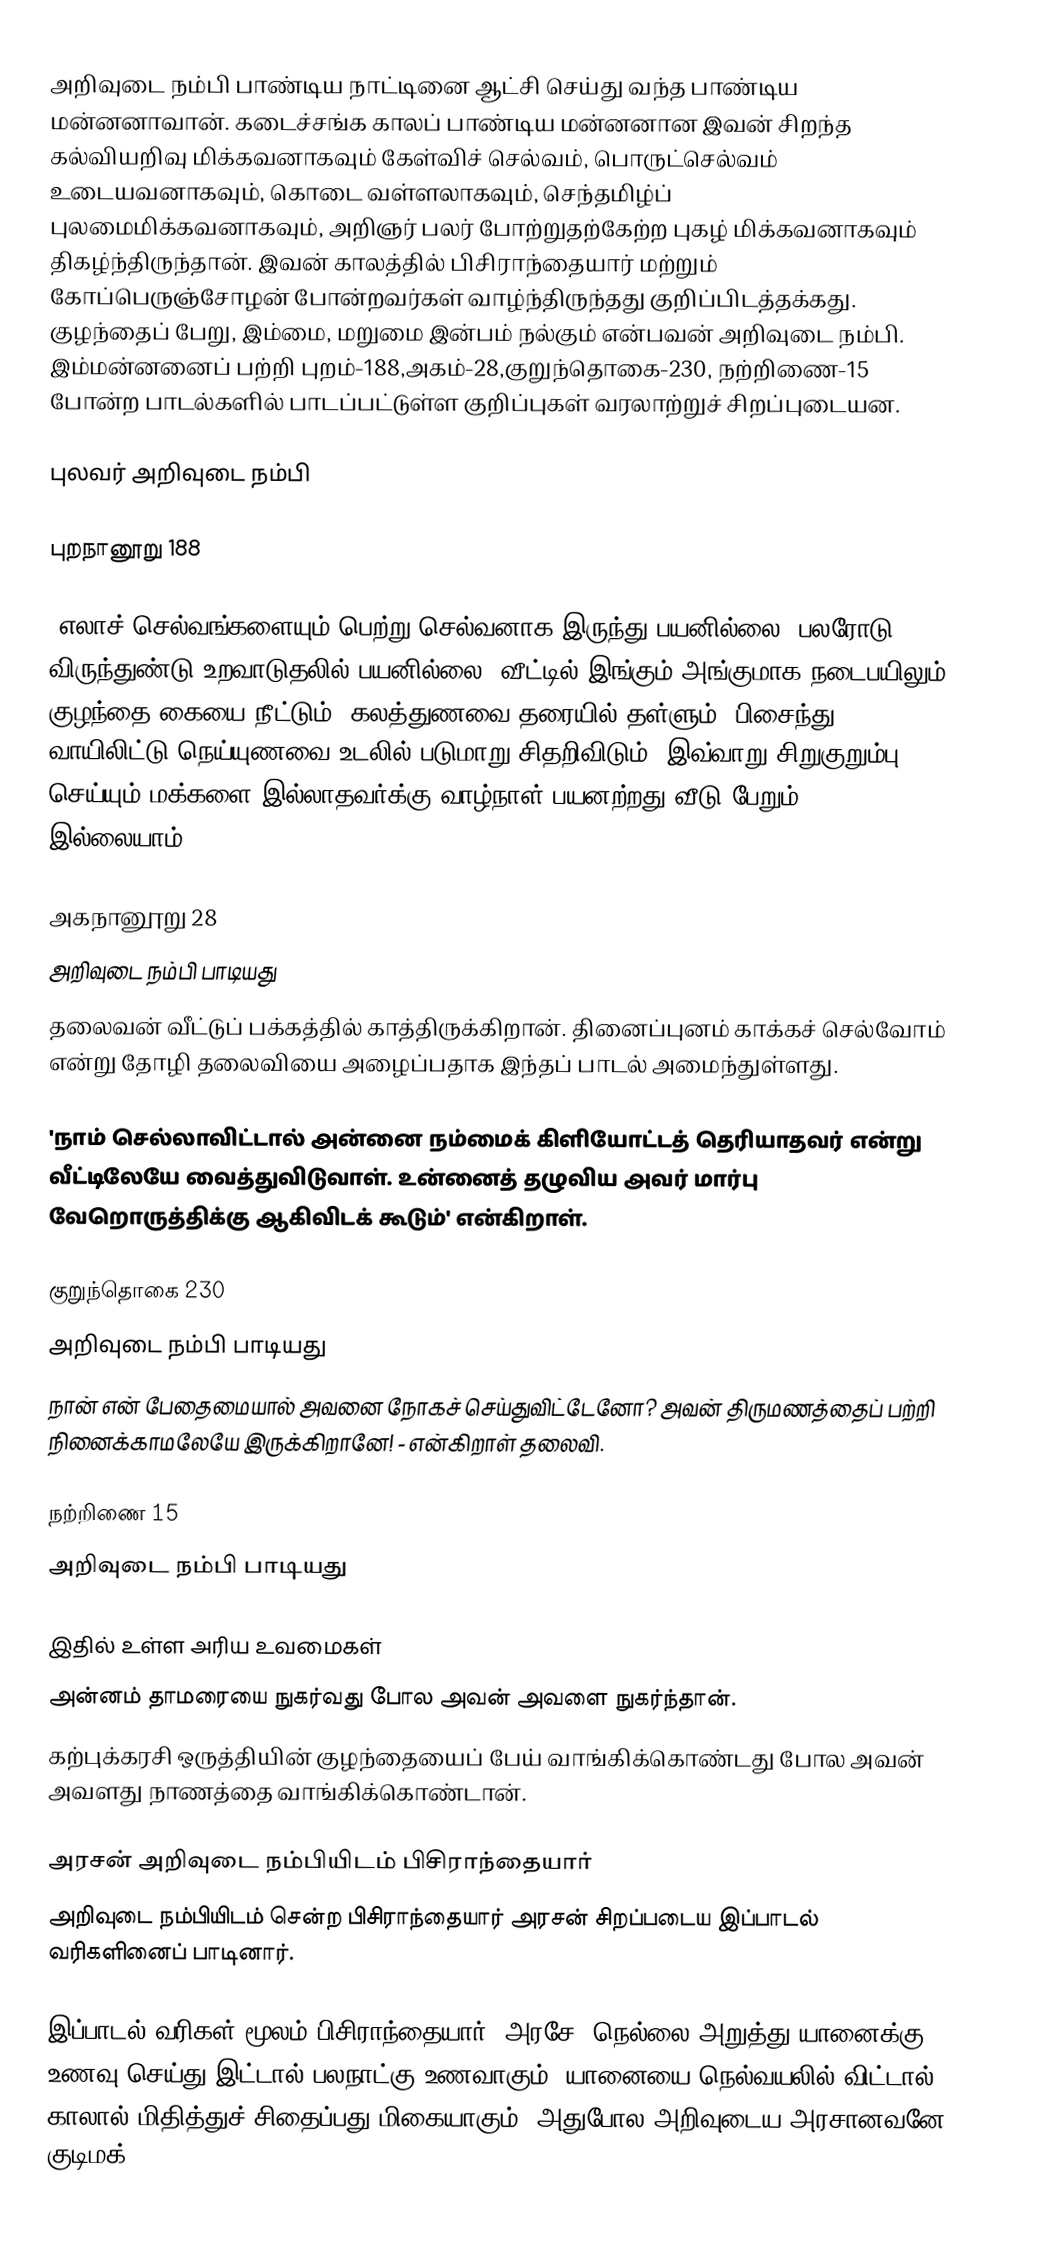
அறிவுடை நம்பி பாண்டிய நாட்டினை ஆட்சி செய்து வந்த பாண்டிய மன்னனாவான். கடைச்சங்க காலப் பாண்டிய மன்னனான இவன் சிறந்த கல்வியறிவு மிக்கவனாகவும் கேள்விச் செல்வம், பொருட்செல்வம் உடையவனாகவும், கொடை வள்ளலாகவும், செந்தமிழ்ப் புலமைமிக்கவனாகவும், அறிஞர் பலர் போற்றுதற்கேற்ற புகழ் மிக்கவனாகவும் திகழ்ந்திருந்தான். இவன் காலத்தில் பிசிராந்தையார் மற்றும் கோப்பெருஞ்சோழன் போன்றவர்கள் வாழ்ந்திருந்தது குறிப்பிடத்தக்கது. குழந்தைப் பேறு, இம்மை, மறுமை இன்பம் நல்கும் என்பவன் அறிவுடை நம்பி. இம்மன்னனைப் பற்றி புறம்-188,அகம்-28,குறுந்தொகை-230, நற்றிணை-15 போன்ற பாடல்களில் பாடப்பட்டுள்ள குறிப்புகள் வரலாற்றுச் சிறப்புடையன.

புலவர் அறிவுடை நம்பி

புறநானூறு 188

"எலாச் செல்வங்களையும் பெற்று செல்வனாக இருந்து பயனில்லை! பலரோடு விருந்துண்டு உறவாடுதலில் பயனில்லை! வீட்டில் இங்கும் அங்குமாக நடைபயிலும் குழந்தை கையை நீட்டும்; கலத்துணவை தரையில் தள்ளும். பிசைந்து வாயிலிட்டு,நெய்யுணவை உடலில் படுமாறு சிதறிவிடும். இவ்வாறு சிறுகுறும்பு செய்யும் மக்களை இல்லாதவர்க்கு வாழ்நாள் பயனற்றது,வீடு பேறும் இல்லையாம்".

அகநானூறு 28
அறிவுடை நம்பி பாடியது
தலைவன் வீட்டுப் பக்கத்தில் காத்திருக்கிறான். தினைப்புனம் காக்கச் செல்வோம் என்று தோழி தலைவியை அழைப்பதாக இந்தப் பாடல் அமைந்துள்ளது.

'நாம் செல்லாவிட்டால் அன்னை நம்மைக் கிளியோட்டத் தெரியாதவர் என்று வீட்டிலேயே வைத்துவிடுவாள். உன்னைத் தழுவிய அவர் மார்பு வேறொருத்திக்கு ஆகிவிடக் கூடும்' என்கிறாள்.

குறுந்தொகை 230
அறிவுடை நம்பி பாடியது
நான் என் பேதைமையால் அவனை நோகச் செய்துவிட்டேனோ? அவன் திருமணத்தைப் பற்றி நினைக்காமலேயே இருக்கிறானே! - என்கிறாள் தலைவி.

நற்றிணை 15
அறிவுடை நம்பி பாடியது

இதில் உள்ள அரிய உவமைகள்
 அன்னம் தாமரையை நுகர்வது போல அவன் அவளை நுகர்ந்தான்.
 கற்புக்கரசி ஒருத்தியின் குழந்தையைப் பேய் வாங்கிக்கொண்டது போல அவன் அவளது நாணத்தை வாங்கிக்கொண்டான்.

அரசன் அறிவுடை நம்பியிடம் பிசிராந்தையார்
அறிவுடை நம்பியிடம் சென்ற பிசிராந்தையார் அரசன் சிறப்படைய இப்பாடல் வரிகளினைப் பாடினார்.

இப்பாடல் வரிகள் மூலம் பிசிராந்தையார் "அரசே! நெல்லை அறுத்து யானைக்கு உணவு செய்து இட்டால் பலநாட்கு உணவாகும். யானையை நெல்வயலில் விட்டால் காலால் மிதித்துச் சிதைப்பது மிகையாகும். அதுபோல அறிவுடைய அரசானவனே குடிமக்